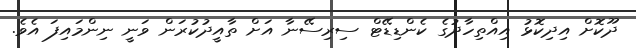
ދޫކޮށް އިދިކޮޅު އިއްތިހާދުގެ ކެންޑިޑޭޓް ސިރިސޭނާ އަށް ތާއީދުކުރަން ވަނީ ނިންމަައިފަ އެވެ.